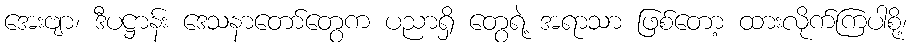
အေးဗျာ၊ ဒီပဋ္ဌာန်း ဒေသနာတော်တွေက ပညာရှိ တွေရဲ့ အရာသာ ဖြစ်တော့ ထားလိုက်ကြပါစို့၊